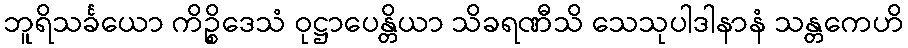
ဘူရိသင်္ခယော ကိဉ္စိဒေသံ ဝုဋ္ဌာပေန္တိယာ သိခရဏီသိ သေသုပါဒါနာနံ သန္တကေဟိ